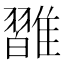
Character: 𩀦